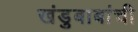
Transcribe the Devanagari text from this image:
खंडुबाबांची